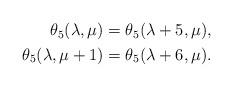
LaTeX: \begin{align*}\begin{aligned}\theta_{5}(\lambda,\mu)&=\theta_{5}(\lambda+5,\mu),\\ \theta_{5}(\lambda,\mu+1)&=\theta_{5}(\lambda+6,\mu).\end{aligned}\end{align*}